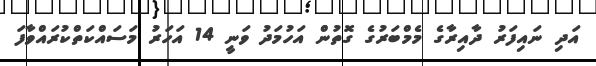
އަދި ނައިފަރު ދާއިރާގެ މެމްބަރުގެ ގޮތުން އަހުމަދު ވަނީ 14 އަހަރު މަސައްކަތްކުރައްވާފަ